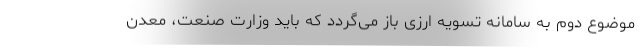
موضوع دوم به سامانه تسویه ارزی باز می‌گردد که باید وزارت صنعت، معدن